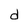
Character: d